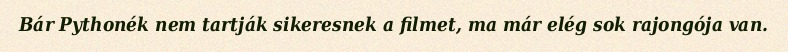
Bár Pythonék nem tartják sikeresnek a filmet, ma már elég sok rajongója van.